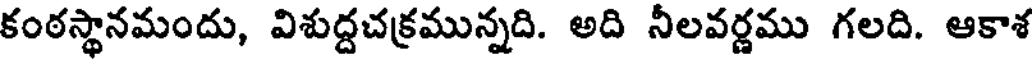
కంఠస్థానమందు, విశుద్దచక్రమున్నది. అది నీలవర్ణము గలది. ఆకాశ